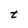
Character: t